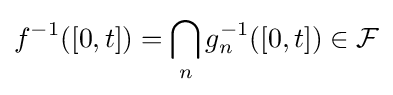
f^{-1}([0,t])=\bigcap _{n}g_{n}^{-1}([0,t])\in {\mathcal {F}}